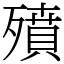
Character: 㱵